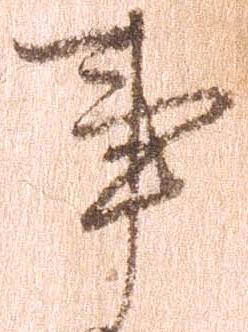
事